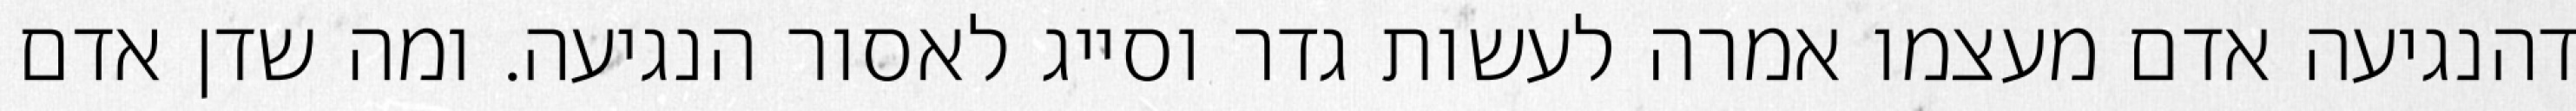
דהנגיעה אדם מעצמו אמרה לעשות גדר וסייג לאסור הנגיעה. ומה שדן אדם